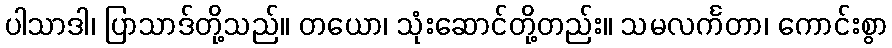
ပါသာဒါ၊ ပြာသာဒ်တို့သည်။ တယော၊ သုံးဆောင်တို့တည်း။ သမလင်္ကတာ၊ ကောင်းစွာ